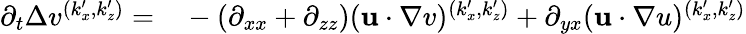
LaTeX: \begin{array}{rl}{\partial_{t}\Delta v^{(k_{x}^{\prime},k_{z}^{\prime})}=}&{{}-(\partial_{xx}+\partial_{zz})(\mathbf{u}\cdot\mathbf{\nabla}v)^{(k_{x}^{\prime},k_{z}^{\prime})}+\partial_{yx}(\mathbf{u}\cdot\mathbf{\nabla}u)^{(k_{x}^{\prime},k_{z}^{\prime})}}\end{array}